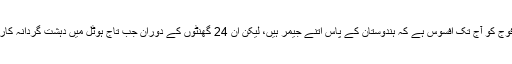
اور جو اس وقت سب سے بڑی چوک ہوئی، جس کے اوپر ہندوستانی فوج کو آج تک افسوس ہے کہ ہندوستان کے پاس اتنے جیمر ہیں، لیکن ان 24 گھنٹوں کے دوران جب تاج ہوٹل میں دہشت گردانہ کارروائی کو انجام دے رہے تھے، تب کمیونی کیشن کو جام نہیں کیا گیا۔